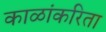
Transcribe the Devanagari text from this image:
काळांकरिता